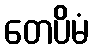
တေပိမံ